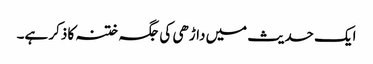
ایک حدیث میں داڑھی کی جگہ ختنہ کا ذکر ہے۔